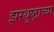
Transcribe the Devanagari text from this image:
झरथुष्ट्राच्या